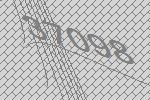
37098